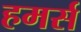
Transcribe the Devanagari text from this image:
हमर्स